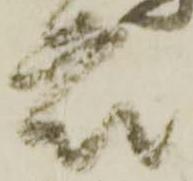
衆